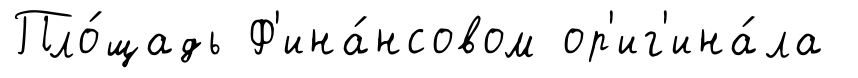
Пло́щадь Ф'ина́нсовом ор'иг'ина́ла